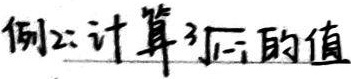
例2: 计算 \(\sqrt[3]{-1}\) 的值。